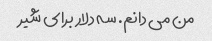
من می دانم. سه دلار برای شیر